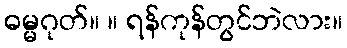
ဓမ္မဂုတ်။ ။ ရန်ကုန်တွင်ဘဲလား။